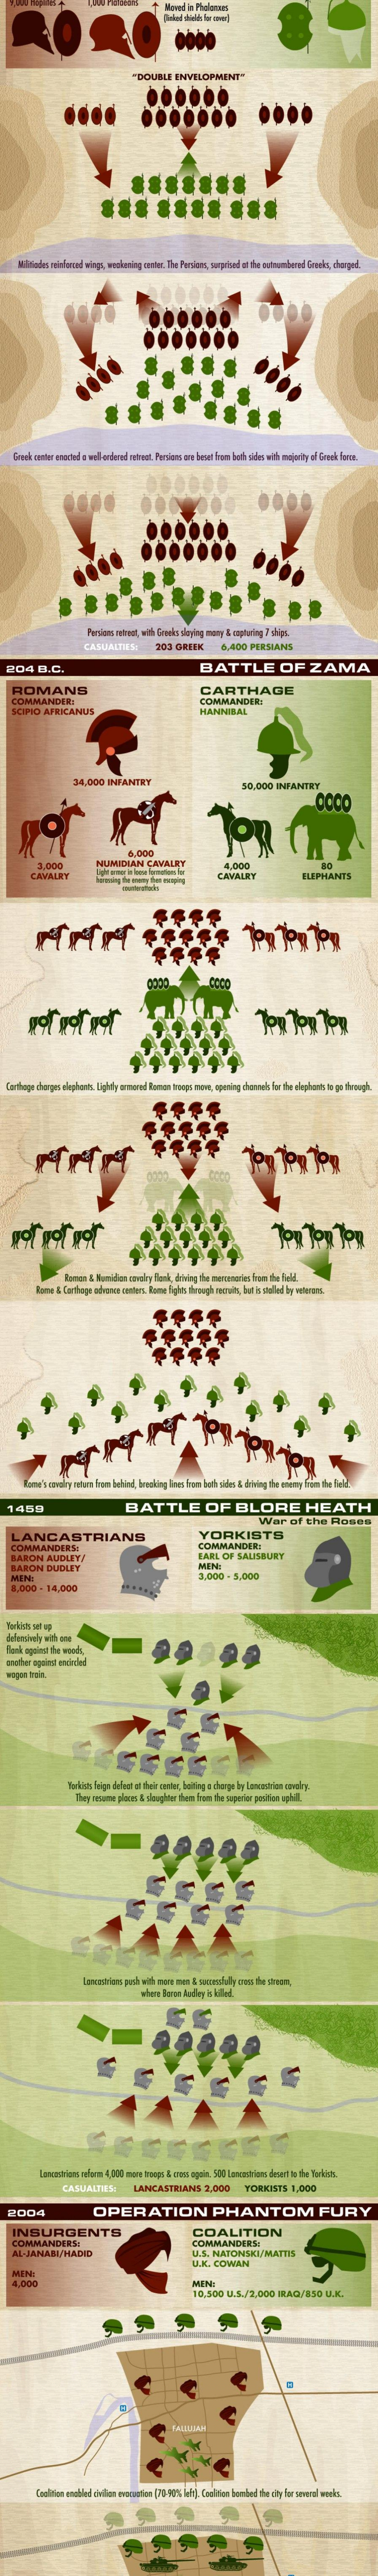
0000
     "DOUBLE    ENVELOPMENT"
    Milones  ninfonoand wings, wockaming senter. The Pensioni, tutprisod al fie outnumbered Eworks, changed.
    Greek center ended a well onderel netneot. Persians ore beset from both sides with majority of Greek ferie.
     Porsons retreat, with Greeks, playing mony & capturing ? phips.
     CASUALTIES:    203  GREEK    6,490   PERSIANS
  204    D.C.    BATTLE    OF    ZAMA
    ROMANS    CARTHAGE
   COMMANDER:    COMMANDER
   SCPO    AFRICANUS    HANNIBAL
     $4.000  INFANTRY    90,000   INFANTRY
     Ton
     POCO
     4,000
     3.000    NUMIDIAN    CAVALRY
     it way  is boa bymeton her
     4.000
     CAWALKT    ELEPHANTS
  1459    BATTLE    OF    BLORE    HEATH
     War    of   the   Rosas
    LANCASTRIANS    YORKISTS
   COMMANDIRS:    COMMANDER:
    MARON   AUDLEY,    EARL   OF  SALISBURY
   BARON    DUDLEY    MEN:
   MEN:    3.000   - 5.000
   1,000   - 14,000
  Sertésis set up
  defensively with une
   another ngoingt engineled
     Vor'kish Feign delost of their center, hoiting a change ley Landosirion novaly.
     Lanoestions poch with move men & szerfully sees the stroom,
     whest Boson Aufiep is Killed
     CASUALTIES:    LANCASTRIANS    2,000    YORKISTS    1,000
  2004    OPERATION    PHANTOM    FURY
    INSURGENTS    COALITION
    COMMANDERS:    COMMANDERS:
    AL.JANASUMAGID    U.S. NATONSKI/MATTIS
    MIN
     U.K. COWAN
    4.800    MIN:
     10,500   U.S./2.009   MAG/850    U.K.
     Enelition enabled tivilion ovaraction [70-9084 lety). Coalition bomber the city for several weeks.